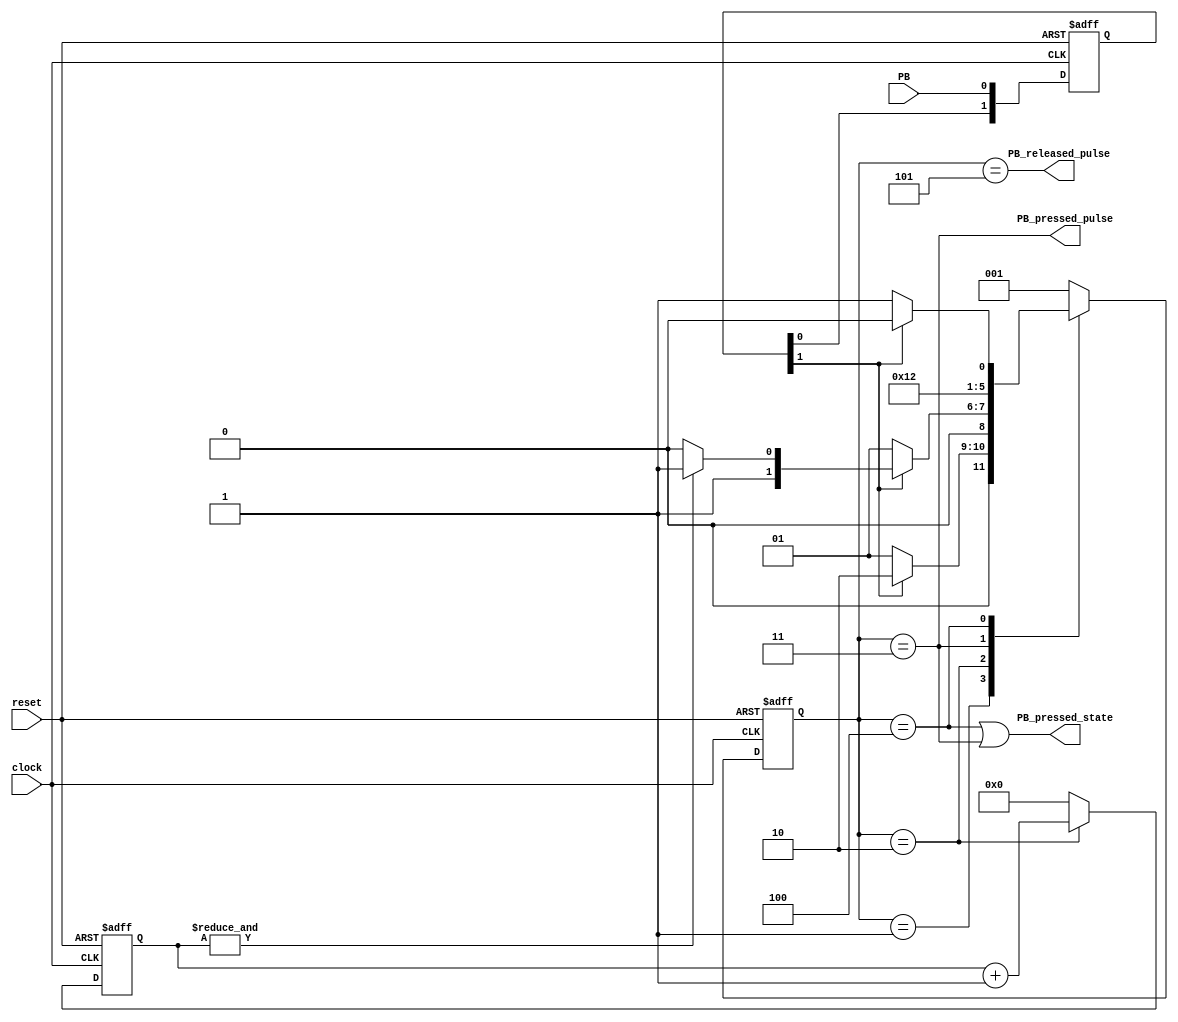
module PushButton_Debouncer #(parameter N = 4)(
    input clock,
    input reset,
    input PB,
    output reg PB_pressed_state,
    output reg PB_pressed_pulse,
    output reg PB_released_pulse
// Las salidas state y counter se incluyen solo para depuracion y que puedan ser
// visualizadas en la simulacion del testbench. Para la implementacion final
// no son necesarias y deberia eliminarse.
);
// estas senales son solo para depuracion. No son necesarias en la implementacion final.
reg [1:0]PB_sync; //Flip Flops para sincronizar.
reg [1:0]PB_sync_next; //Etapa combinacional
reg [2:0] button_state, button_state_next;
reg [N-1:0]PB_cnt, PB_cnt_next;
wire PB_cnt_max = &PB_cnt; //se hace el AND de todos los bits, es lo mismo que poner

// PB_cnt_mac = (PB_cnt == 16'hFFFF)
/////////////////////////  Etapa de sincronizacion del pulso de boton con un reloj //////
// Asumir que funciona. No es necesario entenderla en detalle. La senal que se usa como entrada
// para la maquina de estado es PB_sync[1].
always@(*)
    {PB_sync_next} = {PB_sync[0], PB};

always@(posedge clock or posedge reset)
    if(reset)
        PB_sync <= 2'b00;
    else
        PB_sync <= PB_sync_next;
///////////////////////////////////////////////////////////////////////////////////////
///   Desde aca en adelante se debera utilizar PB_sync[1] como si fuera el boton.  ////
localparam  PB_IDLE = 3'b001,
            PB_COUNT = 3'b010,
            PB_PE = 3'b011,
            PB_STABLE = 3'b100,
            PB_NE = 3'b101;
/////// Etapa combinacional para el cambio de estado //////////
always@(*)
begin
    button_state_next = PB_IDLE;//default value
    case (button_state)
        PB_IDLE: button_state_next = (PB_sync[1] == 1'b1)?PB_COUNT:PB_IDLE;
        PB_COUNT: button_state_next = (PB_sync[1] == 1'b0)?PB_IDLE:(PB_cnt_max == 1'b1)?PB_PE:PB_COUNT;
        PB_PE: button_state_next = PB_STABLE;
        PB_STABLE: button_state_next = (PB_sync[1] == 1'b0)?PB_NE:PB_STABLE;
        PB_NE: button_state_next = PB_IDLE;
    endcase
end
//Etapa combinacional de las Salidas y Contador.
always@(*)
begin
    PB_pressed_state = ((button_state == PB_STABLE) || (button_state == PB_PE));
    PB_released_pulse = (button_state == PB_NE);
    PB_pressed_pulse= (button_state == PB_PE);
    PB_cnt_next = (button_state == PB_COUNT)?PB_cnt +1'b1:{N{1'b0}};
end
// Esta es una variante que utiliza un always block por cada salida
// notar que las salidas estan registradas.
// Esto es util para el boton, pero no estrictamente necesario para sus
// disenos.
//registrando el estado
always@(posedge clock or posedge reset)
if(reset)
button_state <= PB_IDLE;
else
button_state <= button_state_next;
//registrando el contador
always@(posedge clock or posedge reset)
    if(reset)
        PB_cnt <= {N{1'd0}};
    else
    PB_cnt <= PB_cnt_next;
endmodule